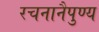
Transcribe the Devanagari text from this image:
रचनानैपुण्य